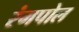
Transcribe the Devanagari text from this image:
रंगपोल